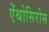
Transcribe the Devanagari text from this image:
ऐंथोसिरोस